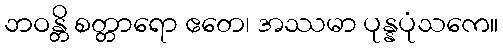
ဘဝန္တိ စတ္တာရော ဧတေ၊ အဿမာ ပုန္နပုံသကေ။